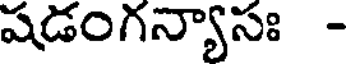
షడంగన్యాసః -